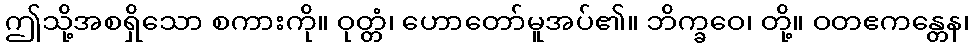
ဤသို့အစရှိသော စကားကို။ ဝုတ္တံ၊ ဟောတော်မူအပ်၏။ ဘိက္ခဝေ၊ တို့။ ဝတဧကန္တေန၊